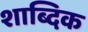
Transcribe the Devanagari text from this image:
शाब्दिक